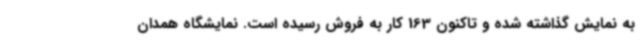
به نمایش گذاشته شده و تاکنون 163 کار به فروش رسیده است. نمایشگاه همدان